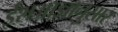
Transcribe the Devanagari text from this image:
ईशआज्ञानुसार